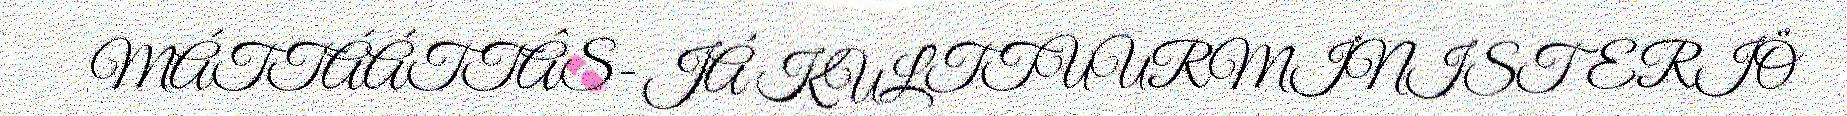
MÁTTÁÁTTÂS- JÁ KULTTUURMINISTERIÖ